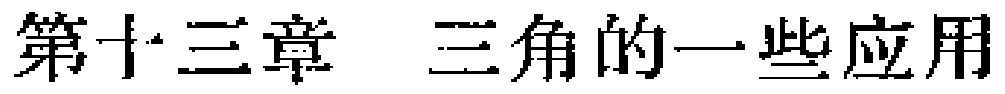
第十三章 三角的一些应用